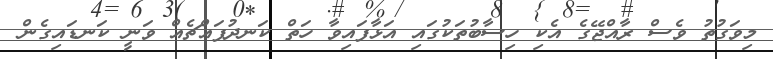
މިވަގުތު ވެސް ރާއްޖޭގެ އެކި ހިސާބުތަކުގައި އަޅާފައިވާ ހަތް ކަނދުފައްޗެއް ވަނީ ކަނޑައިގެން